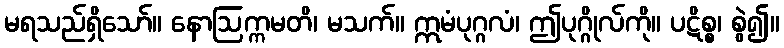
မရသည်ရှိသော်။ နောဩက္ကမတိ၊ မသက်။ ဣမံပုဂ္ဂလံ၊ ဤပုဂ္ဂိုလ်ကို။ ပဋိစ္စ၊ စွဲ၍။